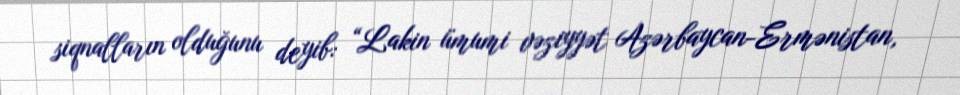
siqnalların olduğunu deyib: “Lakin ümumi vəziyyət Azərbaycan-Ermənistan,